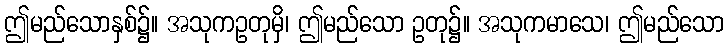
ဤမည်သောနှစ်၌။ အသုကဥတုမှိ၊ ဤမည်သော ဥတု၌။ အသုကမာသေ၊ ဤမည်သော